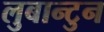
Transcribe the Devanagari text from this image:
लुबान्टुन